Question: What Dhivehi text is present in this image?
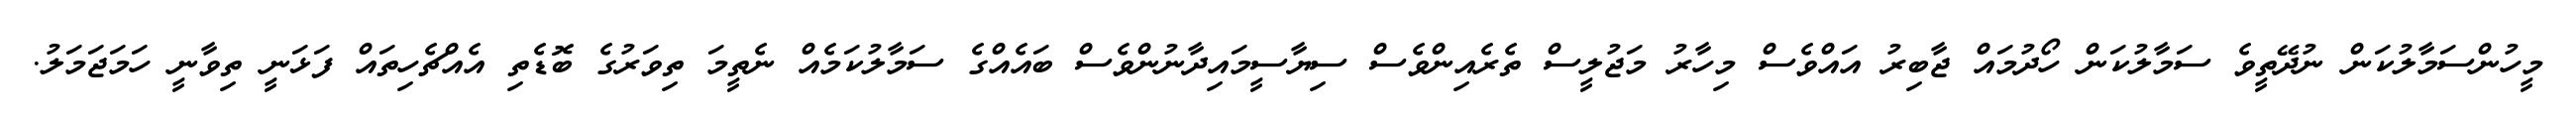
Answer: މީހުންސަމާލުކަން ނުދޭތީވެ ސަމާލުކަން ހޯދުމައް ޖާބިރު އައްވެސް މިހާރު މަޖުލީސް ތެރެއިންވެސް ސިޔާސީމައިދާނުންވެސް ބައެއްގެ ސަމާލުކަމެއް ނެތީމަ ތިވަރުގެ ބޮޑެތި އެއްޗެހިތައް ފަޅަނީ ތިވާނީ ހަމަޖަމަލު.